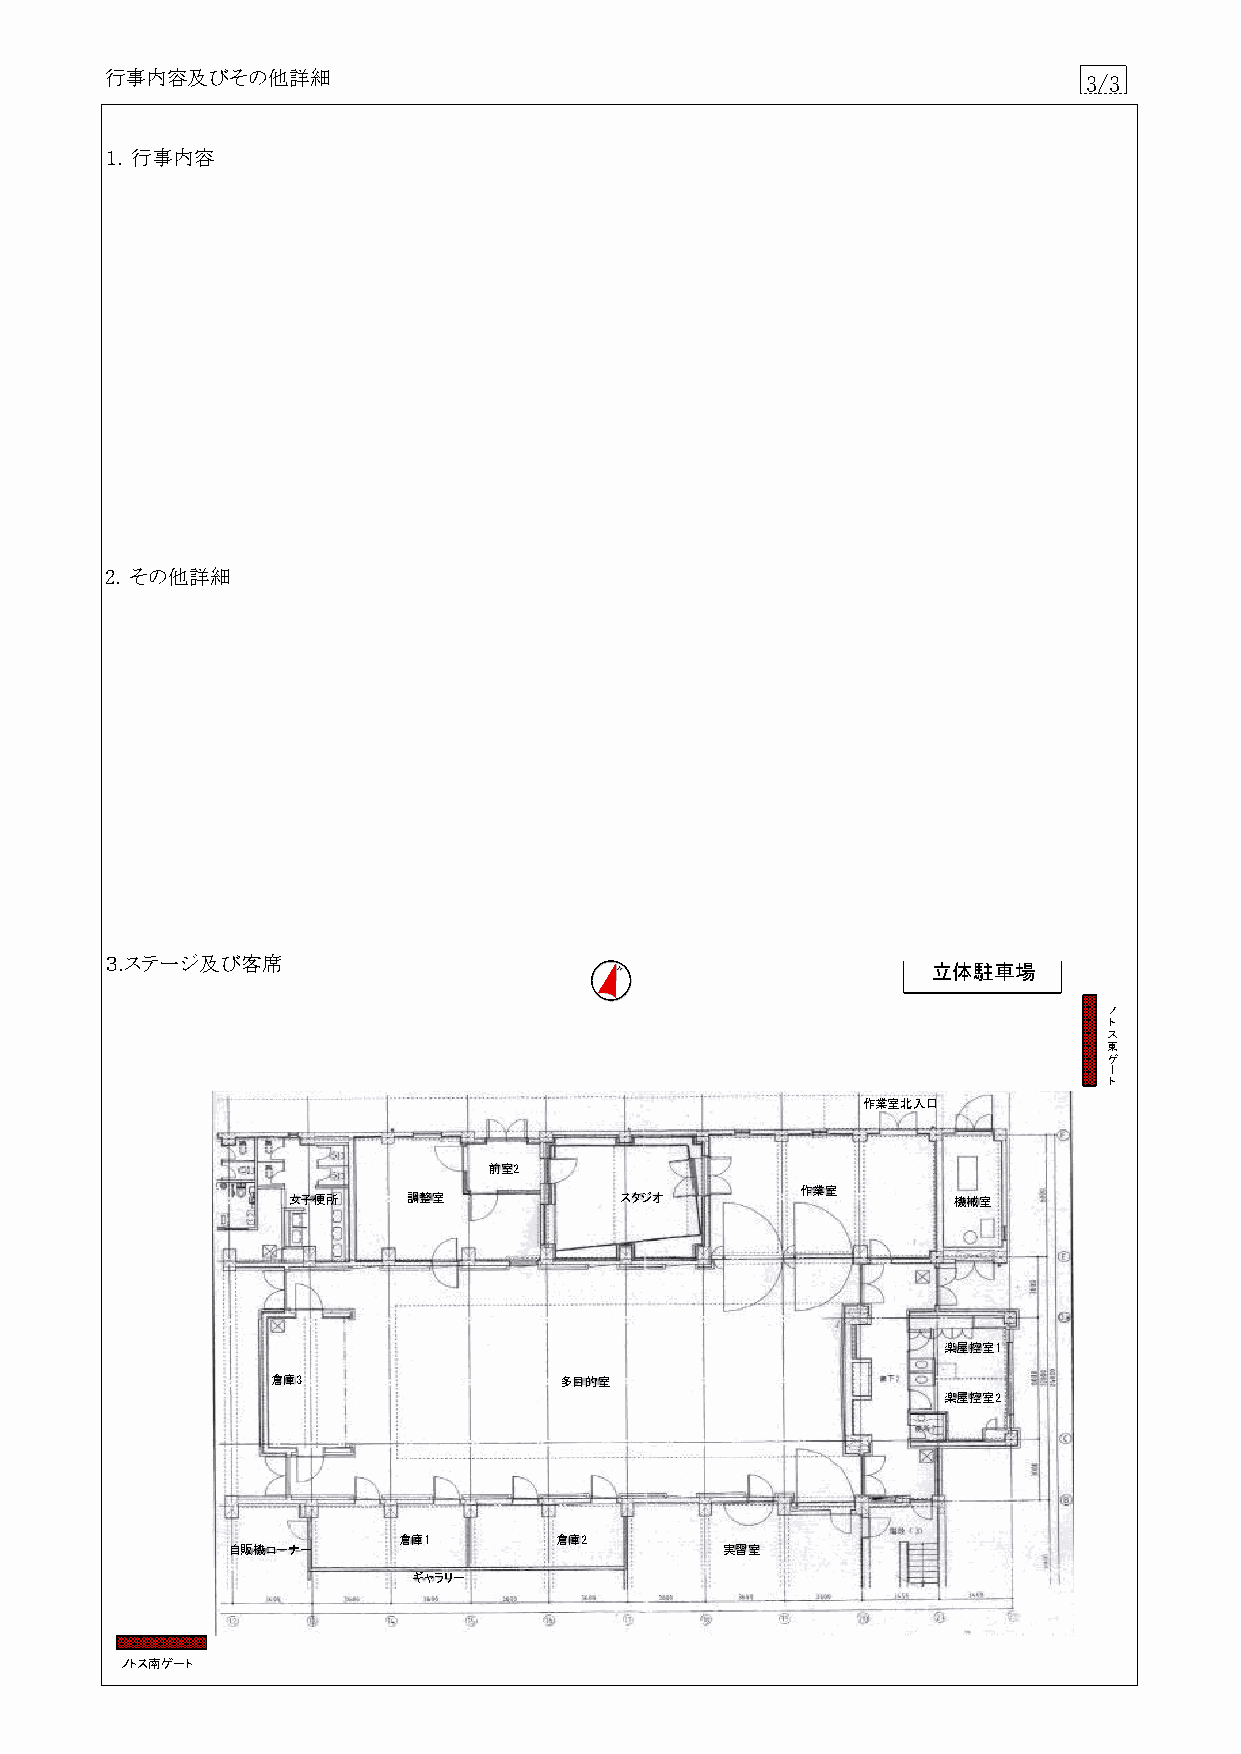
行事内容及びその他詳細                                                      3/3
 １．行事内容
 2．その他詳細
 ３.ステージ及び客席
 立体駐車場
 ノ
 ト
 ス
 東
 ゲ
 ー
 ト
 作業室北入口
 前室2
 作業室
 女子便所    調整室           スタジオ                  機械室
 楽屋控室1
 倉庫3                多目的室
 楽屋控室2
 倉庫1        倉庫2
 自販機コーナー                          実習室
 ギャラリー
 ノトス南ゲート